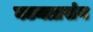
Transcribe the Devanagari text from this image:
घटनाप्रसंग